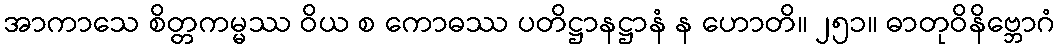
အာကာသေ စိတ္တကမ္မဿ ဝိယ စ ကောဓဿ ပတိဋ္ဌာနဋ္ဌာနံ န ဟောတိ။ ၂၅၁။ ဓာတုဝိနိဗ္ဘောဂံ